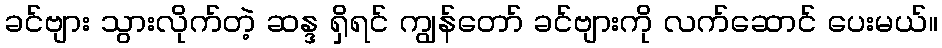
ခင်ဗျား သွားလိုက်တဲ့ ဆန္ဒ ရှိရင် ကျွန်တော် ခင်ဗျားကို လက်ဆောင် ပေးမယ်။